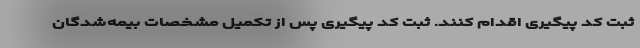
ثبت کد پیگیری اقدام کنند. ثبت کد پیگیری پس از تکمیل مشخصات بیمه‌شدگان